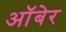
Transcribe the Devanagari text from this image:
ऑबेर